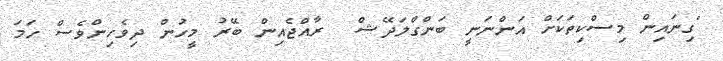
"ގިނައިން މިސްކިތަކަށް އަންނަނީ ބަންގްލަދޭޝް  ރާއްޖެއިން ބޭރު މީހުން ދިވެހިންވެސް ހަމަ